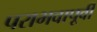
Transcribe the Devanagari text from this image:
पराभवापूर्वी